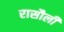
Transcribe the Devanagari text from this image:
रासौली